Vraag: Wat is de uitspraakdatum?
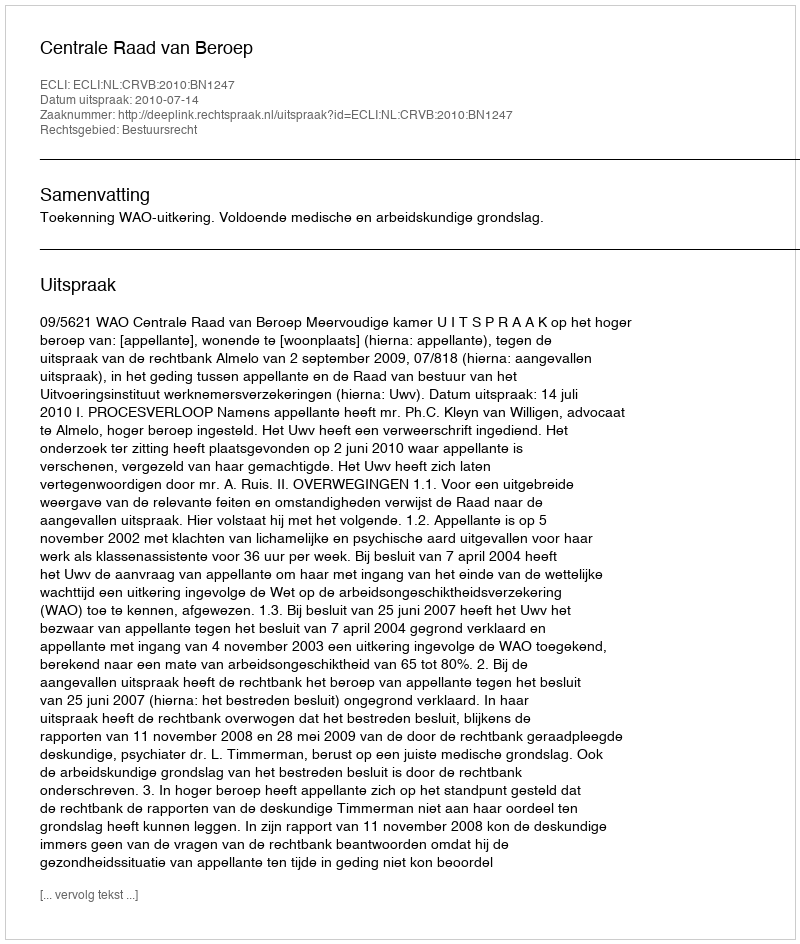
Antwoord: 2010-07-14